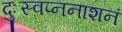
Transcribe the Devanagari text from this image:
दुःस्वप्ननाशनं